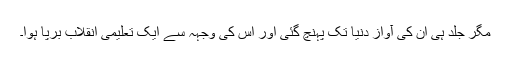
مگر جلد ہی ان کی آواز دنیا تک پہنچ گئی اور اس کی وجہہ سے ایک تعلیمی انقلاب برپا ہوا۔